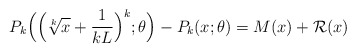
\begin{align*} P_k\Big( \Big(\sqrt[k]{x}+\frac{1}{kL}\Big)^k;\theta \Big)-P_k(x;\theta)=M(x)+\mathcal R(x)\end{align*}